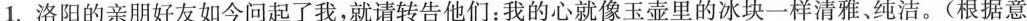
1.洛阳的亲朋好友如今问起了我，就请转告他们：我的心就像玉壶里的冰块一样清雅、纯洁。(根据意